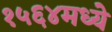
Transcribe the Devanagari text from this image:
१५६४मध्ये